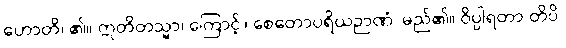
ဟောတိ၊ ၏။ ဣတိတသ္မာ၊ ကြောင့်။ စေတောပရိယဉာဏံ၊ မည်၏။ ဝိပ္ပါရတာ တိပိ၊